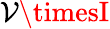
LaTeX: \mathcal{V}\timesI